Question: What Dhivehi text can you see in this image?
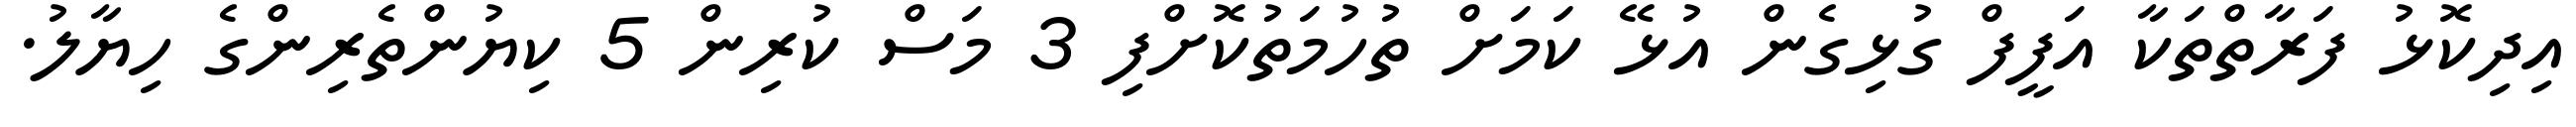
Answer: އިދިކޮޅު ފަރާތްތަކާ އަފީފް ގުޅިގެން އުޅޭ ކަމަށް ތުހުމަތުކޮށްފި 3 މަސް ކުރިން 5 ކިޔުންތެރިންގެ ހިޔާލު.